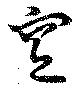
窆